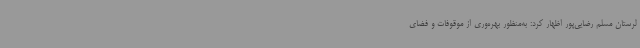
لرستان مسلم رضایی‌پور اظهار کرد: به‌منظور بهره‌وری از موقوفات و فضای